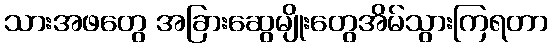
သားအဖတွေ အခြားဆွေမျိုးတွေအိမ်သွားကြရတာ